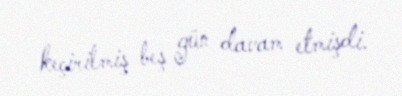
keçirilmiş beş gün davam etmişdi.